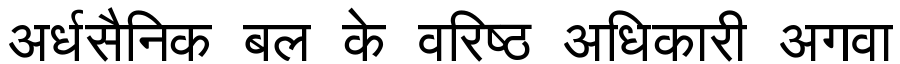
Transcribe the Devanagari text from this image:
अर्धसैनिक बल के वरिष्ठ अधिकारी अगवा